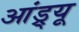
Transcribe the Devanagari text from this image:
आंड्र्यू